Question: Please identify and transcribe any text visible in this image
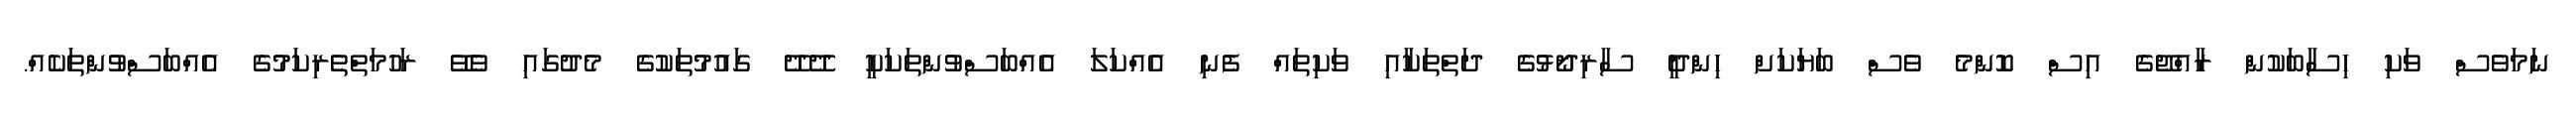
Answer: ނަމަވެސް ވަކި ހިސާބަކުން ރާއްޖޭގެ އިސް ކޮންމެ ވެސް ބަޔަކަށް ހިންދީ ސާރިދޯޅުގެ ދަތްތަކާއި ވަކިތައް ފެނި އެއްކަލަ އެއްބަސްވުންތަކަކީ ދޭދޭ ގައުމުތަކުގެ މެދުގައި ވެވޭ ރަހުމަތްތެރިކަމުގެ އެއްބަސްވުންތަކެއް.